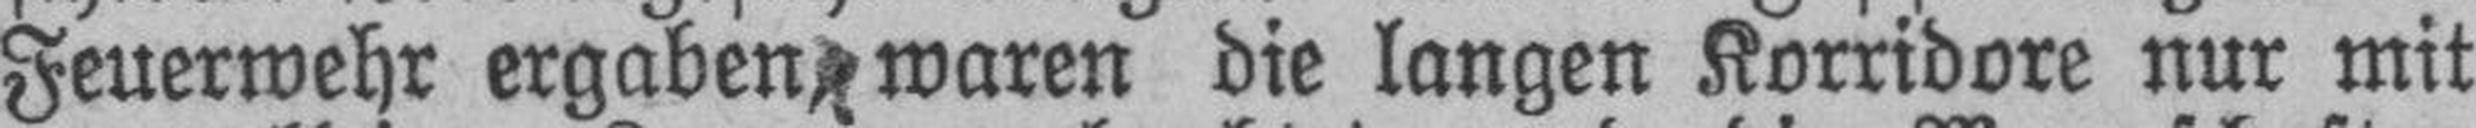
Feuerwehr ergaben waren die langen Korridore nur mit